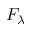
F _ { \lambda }